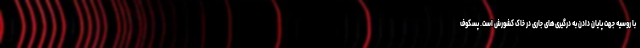
با روسیه جهت پایان دادن به درگیری‌های جاری در خاک کشورش است. پسکوف